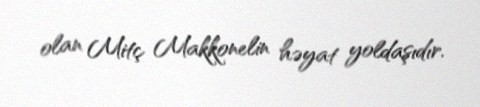
olan Mitç Makkonelin həyat yoldaşıdır.